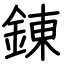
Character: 錬